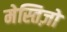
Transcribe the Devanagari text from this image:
मेस्तिज़ो